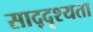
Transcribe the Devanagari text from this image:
साद्दृश्यता